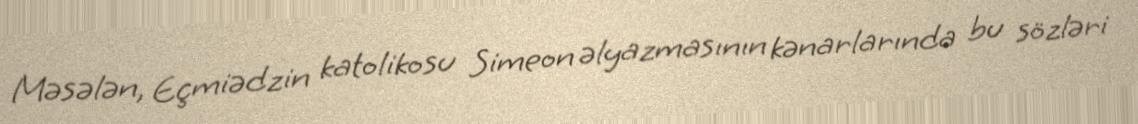
Məsələn, Eçmiədzin katolikosu Simeon əlyazmasının kənarlarında bu sözləri